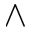
\wedge